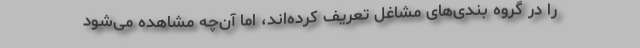
را در گروه بندی‌های مشاغل تعریف کرده‌اند، اما آن‌چه مشاهده می‌شود